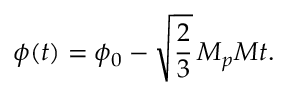
\phi ( t ) = \phi _ { 0 } - \sqrt { \frac { 2 } { 3 } } \, M _ { p } M t .